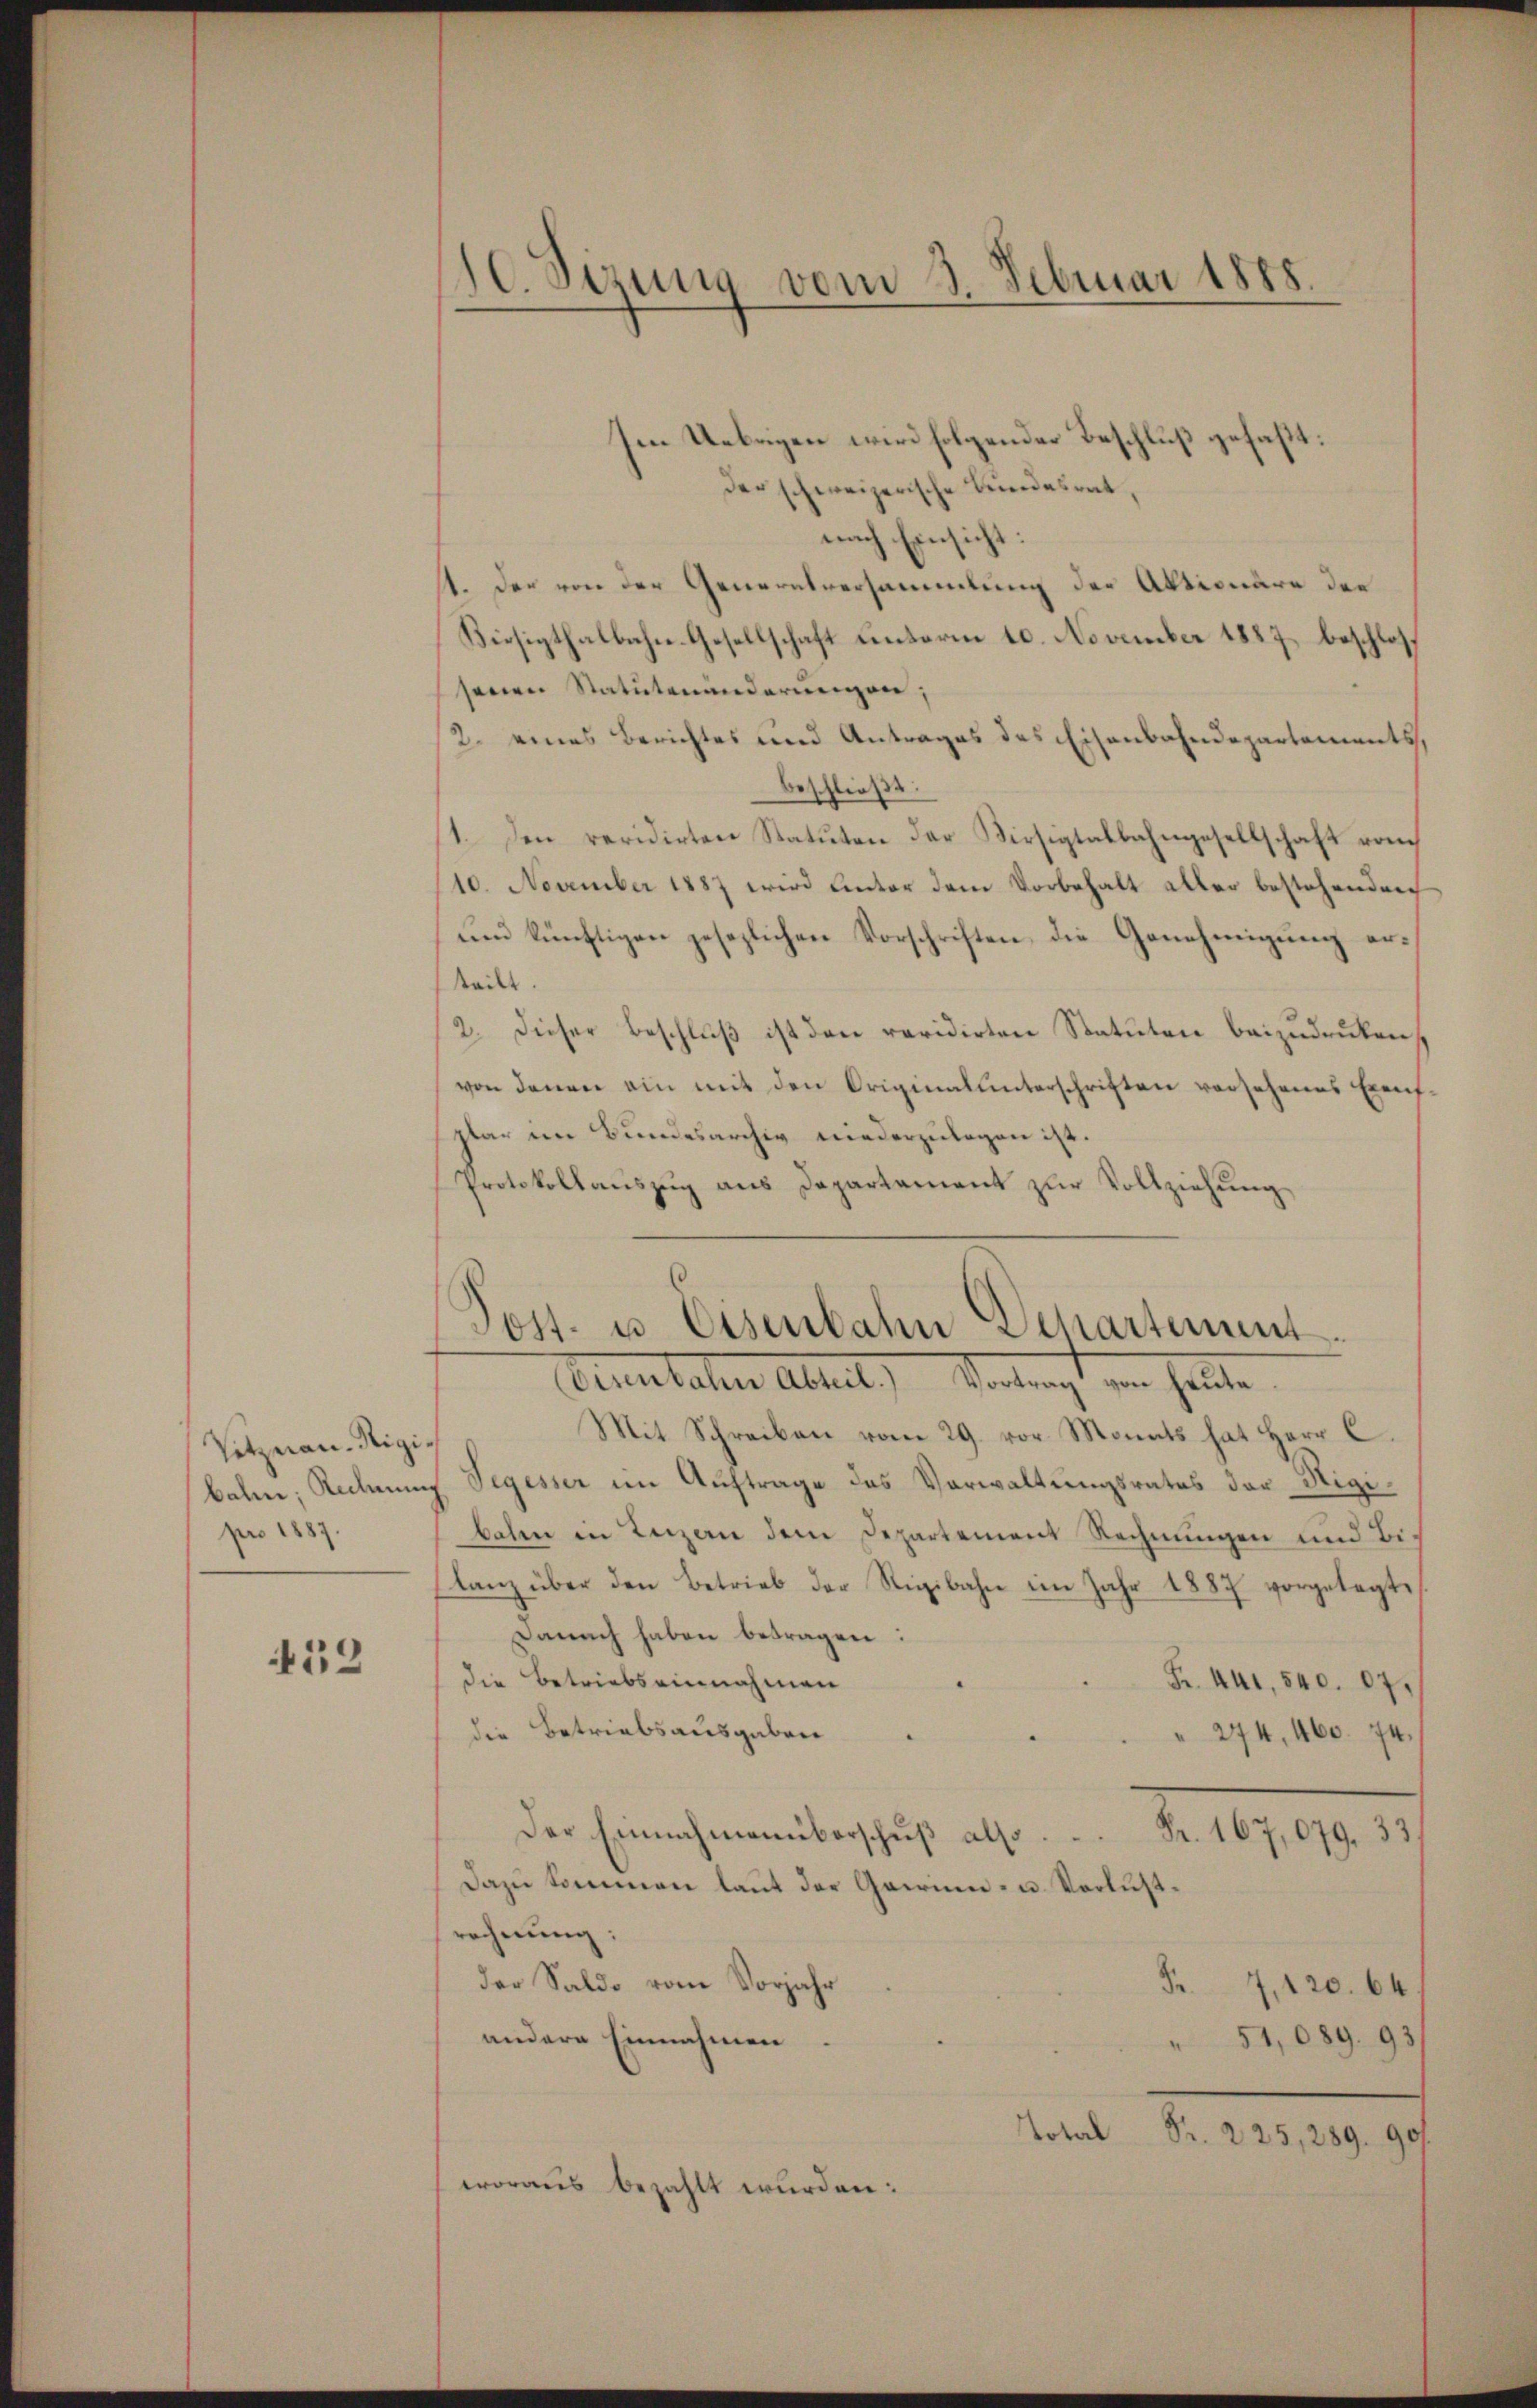
Vitznau-Rigibahn, Rechnun
pro 1887.

452

S Sizung vom 3. Februar 1888.

en Uebrigen wird folgender Beschluß gefaßt:
der schweizerische Bundesrat,
nach Einsicht:
st. Der von der Generalversammlung der Aktionäre der
Viesigthalbahn-Gesellschaft unterm 10. November 1887, beschlossenen Statutenänderungen;
2. eines Berichtes und Antrages des Eisenbahndepartements,
beschließt:
1. Den revidirten Statuten der Virsigtalbahngesellschaft vom
10. November 1887 wird unter dem Vorbehalt aller bestehenden
und künftigen gesezlichen Vorschriften die Genehmigung erteilt.
2. Dieser Beschluß ist den revidirten Statuten beizudruken
von denen ein mit den Originalunterschriften versehenes Exenfplar im Bundesarchiv niederzulegen ist.
Protokollauszug aus Departement zur Vollziehung

Post- u. Eisenbahn Departement.
Huntaten Abteil) Vertragt von heute

Mit Schreiben vom 29. vor Monats hat Herr C
Segesser im Auftrage des Verwaltungsrates der Sigibahr in Luzern dem Departement Rechnungen und Bilanz über den Betrieb der Rigibahne im Jahr 1887 vorgelegte
Danach haben betragen:
die Betriebs einnahmen
Fr. 441, 540. 87.
die Betriebsausgaben
" 274, 460. 74.
Der Einnahmenüberschŭβ also
2. 109, 19. 17
Dazu kommen laŭt der Garnen- u. Verlustrechnung:
der Saldo vom Vorjahr
Fr. 7, 120. 64.
andere Einnahmen.
" 51,089. 93
Total Fr. 225, 289. 901.
woraus bezahlt wurden: